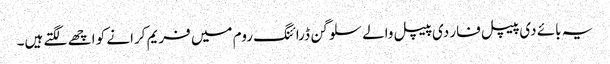
یہ بائے دی پیپل فار دی پیپل والے سلوگن ڈرائنگ روم میں فریم کرانے کو اچھے لگتے ہیں۔